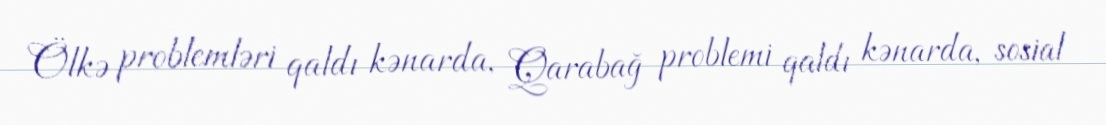
Ölkə problemləri qaldı kənarda, Qarabağ problemi qaldı kənarda, sosial